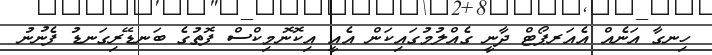
ހިނގާ އަނެއް އެއަރޕޯޓް ދާނީ ގެއްލުމުގައިކަން އެއީ އިކޮނޮމިކްސް ފޮތުގެ ބަނޑޭރިގަނޑު ފެނުނު